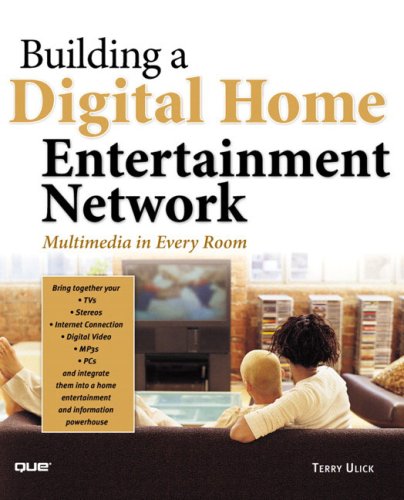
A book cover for Building a Digital Home Entertainment Network: Multimedia in Every Room; Terry Ulick; Computers & Technology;